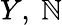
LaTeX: Y,~\mathbb{N}